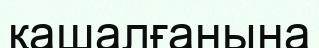
қашалғанына